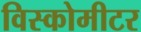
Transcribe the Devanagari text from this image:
विस्कोमीटर